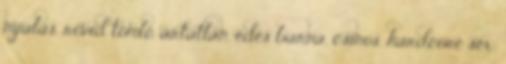
nyalás, rövid tömlő, ártatlan, édes barna, csinos, hardcore sex,